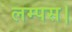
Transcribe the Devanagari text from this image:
लम्पस।